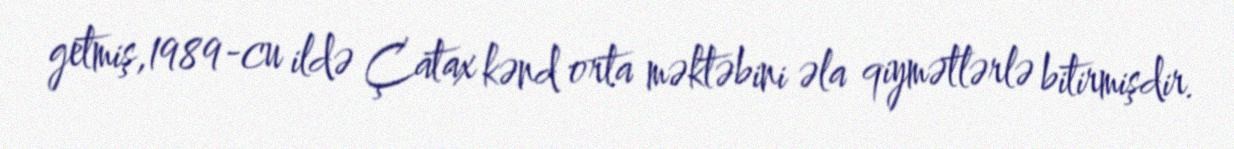
getmiş,1989-cu ildə Çatax kənd orta məktəbini əla qiymətlərlə bitirmişdir.